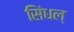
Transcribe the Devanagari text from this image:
सिंधल्